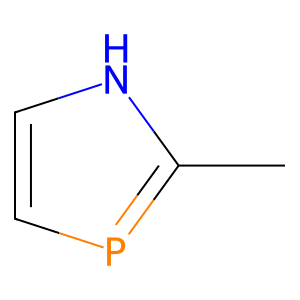
SMILES: Cc1[nH]ccp1
Inhibits HIV replication: No